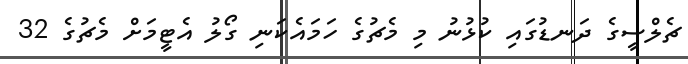
ޗެލްސީގެ ދަނޑުގައި ކުޅުނު މި މެޗުގެ ހަމައެކަނި ގޯލު އެޓީމަށް މެޗުގެ 32